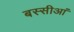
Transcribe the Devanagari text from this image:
बस्सीआं